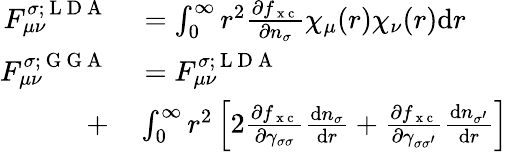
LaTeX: \begin{array}{rl}{F_{\mu\nu}^{\sigma;\mathrm{~L~D~A~}}}&{{}=\int_{0}^{\infty}r^{2}\frac{\partial f_{\mathrm{~x~c~}}}{\partial n_{\sigma}}\chi_{\mu}(r)\chi_{\nu}(r)\mathrm{d}r}\\ {F_{\mu\nu}^{\sigma;\mathrm{~G~G~A~}}}&{{}=F_{\mu\nu}^{\sigma;\mathrm{~L~D~A~}}}\\ {+}&{{}\int_{0}^{\infty}r^{2}\left[2\frac{\partial f_{\mathrm{~x~c~}}}{\partial\gamma_{\sigma\sigma}}\frac{\mathrm{d}n_{\sigma}}{\mathrm{d}r}+\frac{\partial f_{\mathrm{~x~c~}}}{\partial\gamma_{\sigma\sigma^{\prime}}}\frac{\mathrm{d}n_{\sigma^{\prime}}}{\mathrm{d}r}\right]}\end{array}